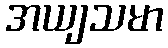
အယျသမာ